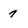
Character: 7